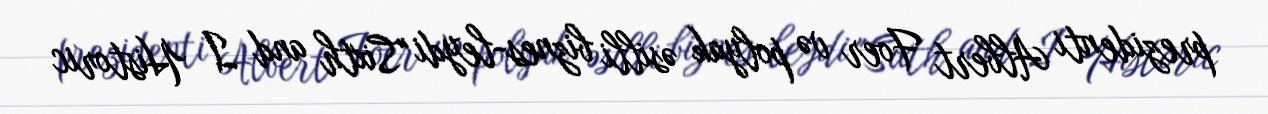
prezidenti Albert Foer və polyak əsilli biznes-leydi "Sixth and I Historic